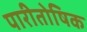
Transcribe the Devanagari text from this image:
पारीतोषिक